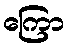
ကြော